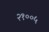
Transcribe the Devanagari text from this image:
२१००५